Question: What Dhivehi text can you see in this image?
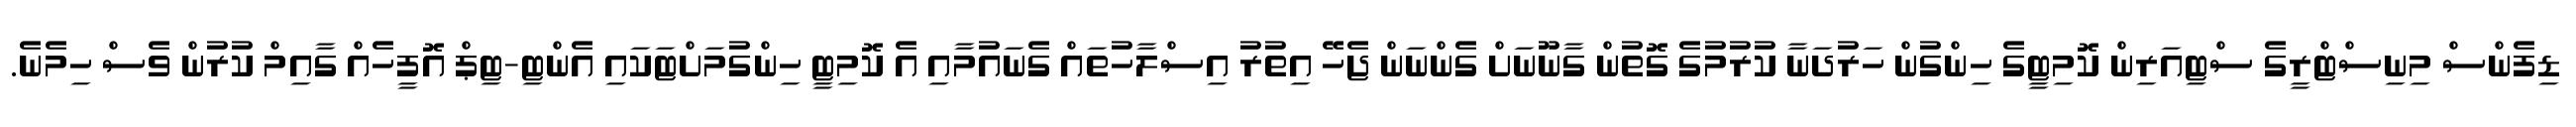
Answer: ޑިފެންސް މިނިސްޓްރީގެ ސްޓިއަރިން ކޮމިޓީގެ ހިންގުން ހަރުދަނާ ކުރުމުގެ ގޮތުން ގާނޫނަށް ގެންނަން ޖެހޭ އިތުރު އިސްލާހުތައް ގެނައުމާއި އެ ކޮމިޓީ ހިންގުމަށްޓަކައި އެންޓި-ޓިޕް އޮފީހެއް ގާއިމް ކުރުން ވެސް ހިމެނެ.